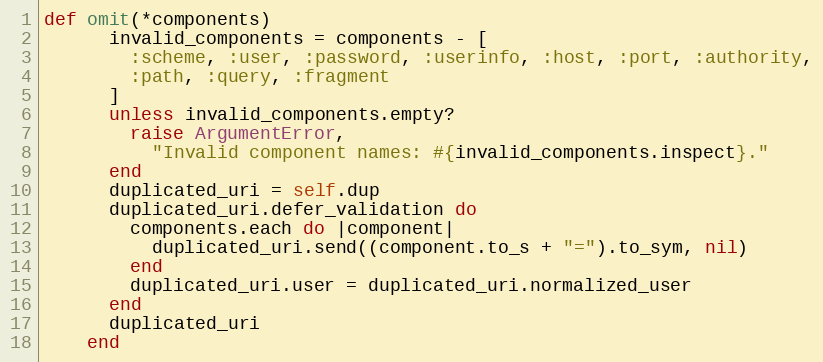
Language: Ruby
def omit(*components)
      invalid_components = components - [
        :scheme, :user, :password, :userinfo, :host, :port, :authority,
        :path, :query, :fragment
      ]
      unless invalid_components.empty?
        raise ArgumentError,
          "Invalid component names: #{invalid_components.inspect}."
      end
      duplicated_uri = self.dup
      duplicated_uri.defer_validation do
        components.each do |component|
          duplicated_uri.send((component.to_s + "=").to_sym, nil)
        end
        duplicated_uri.user = duplicated_uri.normalized_user
      end
      duplicated_uri
    end